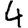
Digit: 4